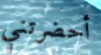
أحضرتني